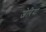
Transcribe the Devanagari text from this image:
जेरिया